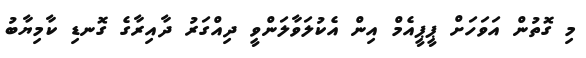
މި ގޮތުން އަވަހަށް ޕީޕީއެމް އިން އެކުލަވާލަންވީ ދިއްގަރު ދާއިރާގެ ގޮނޑި ކާމިޔާބު